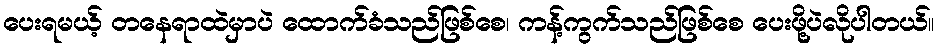
ပေးရမယ့် တနေရာထဲမှာပဲ ထောက်ခံသည်ဖြစ်စေ၊ ကန့်ကွက်သည်ဖြစ်စေ ပေးဖို့ပဲလိုပါတယ်။